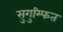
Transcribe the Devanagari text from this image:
सुगुम्फित